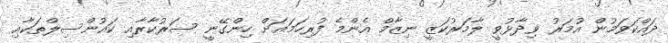
ދައްކަވަމުން އުމަރު ވިދާޅުވީ ލާމަރުކަޒީ ނިޒާމް އެންމެ ފުރިހަމައަށް ހިންގޭނީ ސަރުކާރާއި ކައުންސިލްތަކާއި